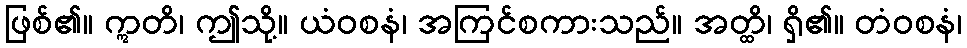
ဖြစ်၏။ ဣတိ၊ ဤသို့။ ယံဝစနံ၊ အကြင်စကားသည်။ အတ္ထိ၊ ရှိ၏။ တံဝစနံ၊